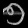
Digit: ၅